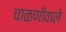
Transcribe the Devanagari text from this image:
चाळणीवाले